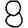
Digit: 8